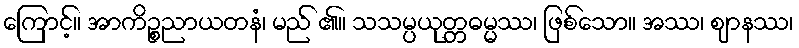
ကြောင့်။ အာကိဉ္စညာယတနံ၊ မည် ၏။ သသမ္ပယုတ္တဓမ္မဿ၊ ဖြစ်သော။ အဿ၊ ဈာနဿ၊